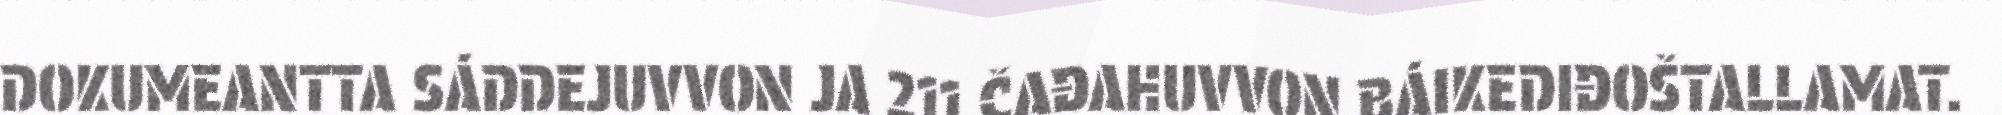
DOKUMEANTTA SÁDDEJUVVON JA 211 ČAĐAHUVVON BÁIKEDIĐOŠTALLAMAT.